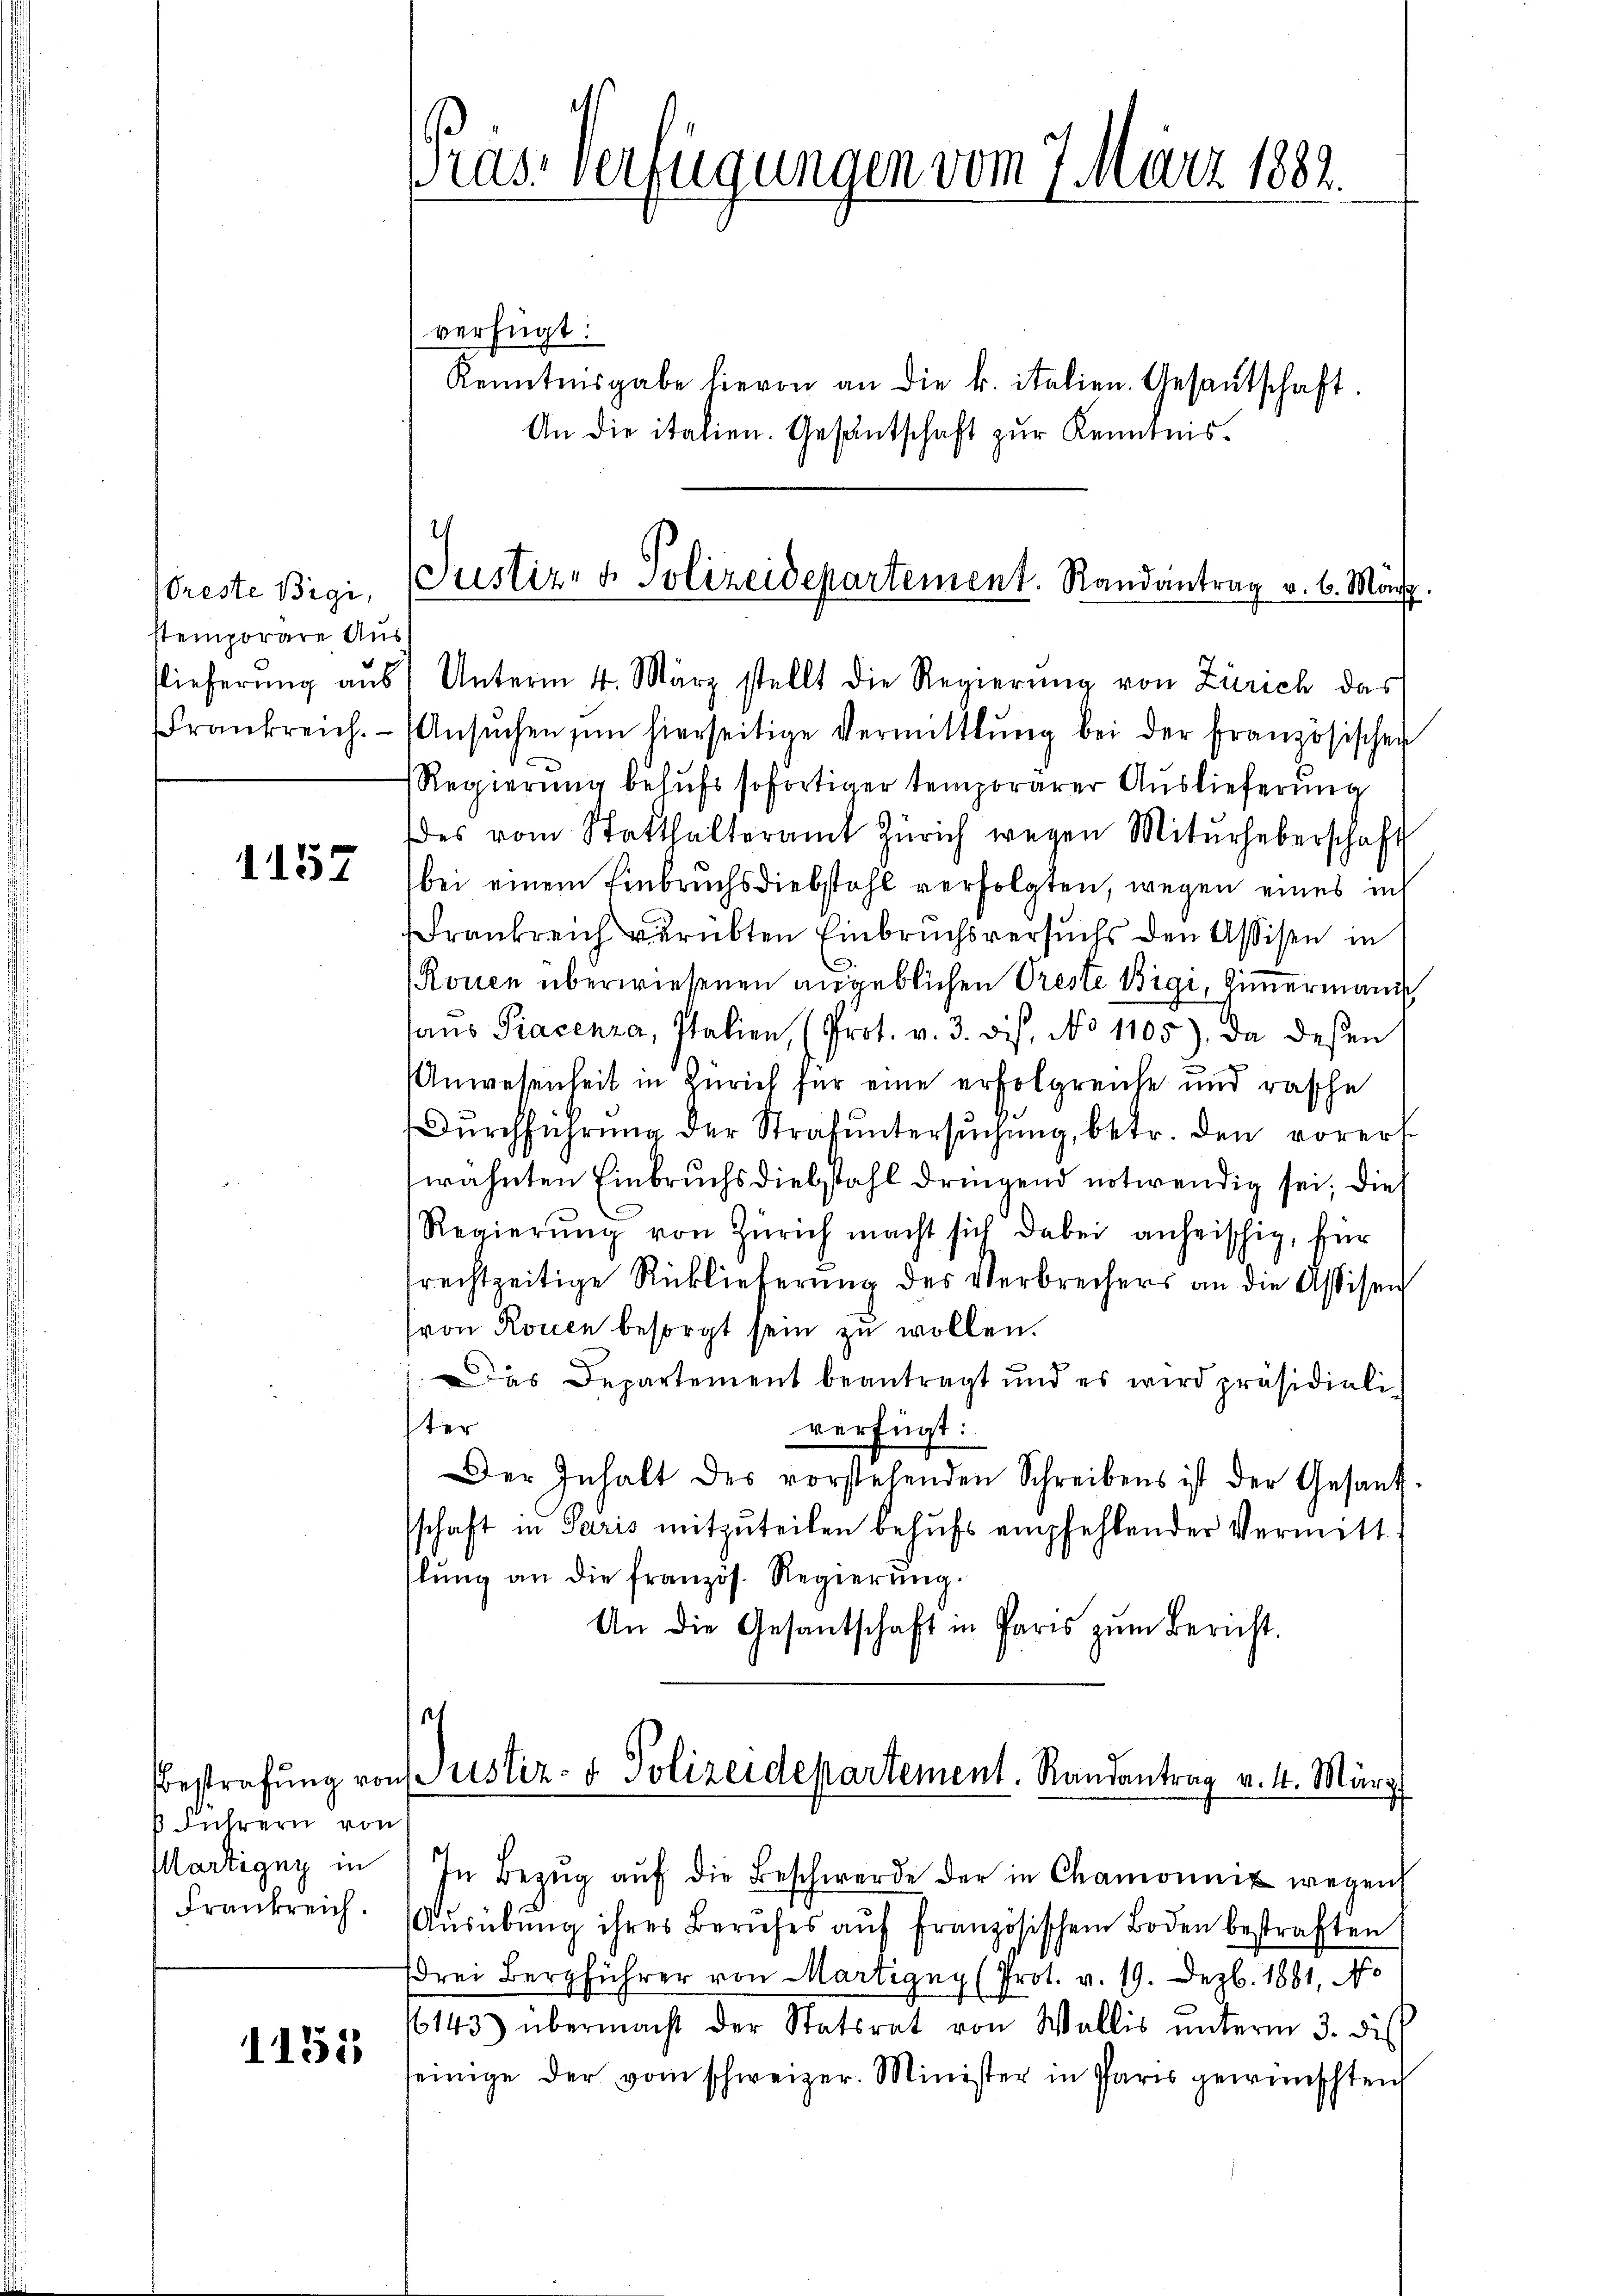
reste Bigi,
stemporäre Aus

1157

Führern von
Martigny in

1151

Pras-Verfügungen vom 7 März 1882.

verfügt:
Kenntnisgabe hievon an die k. italien. Gesantschaft
An die italien. Gesantschaft zur Kenntnis.

Justiz- & Polizeidepartement. Randantrag v. 6. März.

Vieferung aus Unterm 4. März stellt die Regierŭng von Zürich das
Frankreich. (Ansŭchen im hierseitige Vermittlung bei der französischen
Regierung behufs sofortiger temporärer Auslieferung
es vom Statthalteramt Zürich wegen Mitŭrheberschaft
bei einem Einbruchsdiebstahl verfolgten, wegen eines in
rankreich verübten Einbruchsversuchs den Assisen in
Ronen überwiesenen angeblichen Preste Bigi, Zimmermanis
haus Piacenza, Italien, (Prot. v. 3. dis, No 1105), da deßen
Anwesenheit in Zürich für eine erfolgreiche und rasche
Durchführung der Strafuntersuchung, betr. den vorers
wähnten Einbruchsdiebstahl dringend notwendig sei; die
Regierŭng von Zürich macht sich dabei anheischig, für
srechtzeitige Rücklieferŭng des Verbrechers an die Assisen
(von Rouen besorgt sein zu wollen.
Das Departement beantragt und es wird präsidiali-
ter
verfügt:
Der Inhalt des vorstehenden Schreibens ist der Gesandt-
schaft in Paris mitzuteilen behufs empfehlender Vermitt
lŭng an die französ. Regierŭng.
An die Gesantschaft in Paris zŭm Bericht.
sel

bestrafŭng von Justiz- & Polizeidepartement. Randantrag v. 4. März

In Bezŭg aŭf die Beschwerde der in Chamonnig wegen
Frankreich. (Aŭsübŭng ihres Berufes aŭf französischem Boden bestraften
drei Bergführer von Martigny (Prot. v. 19. Dez. 1881, No
6143) übermacht der Statsrat von Wallis ŭnterm 3. di
seinige der vom schweizer. Minister in Paris gewünschten